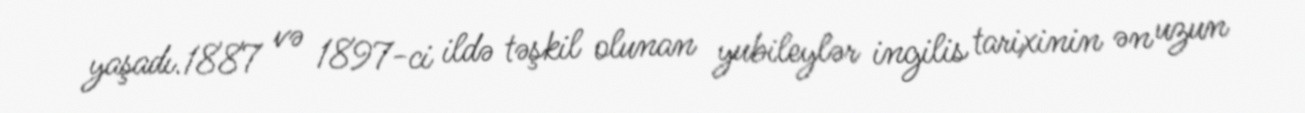
yaşadı.1887 və 1897-ci ildə təşkil olunan yubileylər ingilis tarixinin ən uzun